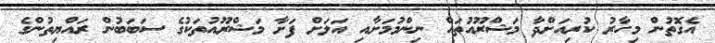
އެގޮތުން މިހާރު ކުރިއަށްދާ މަޝްރޫއުތައް ނިންމުމަށާއި އަލަށް ފަށާ މަޝްރޫއުތަކުގެ ސަބަބުން ރައްޔިތުންގެ